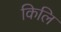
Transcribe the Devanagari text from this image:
किलि